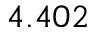
4 . 4 0 2